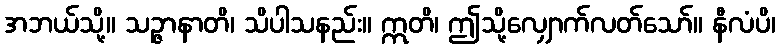
အဘယ်သို့။ သဉ္ဇာနာတိ၊ သိပါသနည်း။ ဣတိ၊ ဤသို့လျှောက်လတ်သော်။ နီလံပိ၊